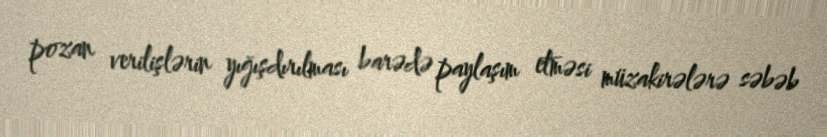
pozan verilişlərin yığışdırılması barədə paylaşım etməsi müzakirələrə səbəb